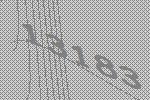
13183